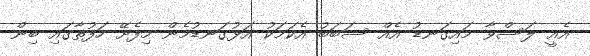
އެއީ ލަސްވާ މައިގަނޑު އެއް ސަބަބު އެކަމަކު އަޅުގަނޑުމެން މިފެށޭ ހަފުތާގައި ބިން